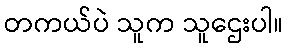
တကယ်ပဲ သူက သူဌေးပါ။